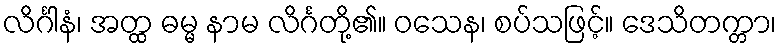
လိင်္ဂါနံ၊ အတ္ထ ဓမ္မ နာမ လိင်္ဂတို့၏။ ဝသေန၊ စပ်သဖြင့်။ ဒေသိတက္တာ၊